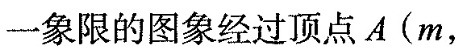
一象限的图象经过顶点A(m，